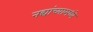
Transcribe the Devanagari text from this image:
नद्यांच्यामध्ये